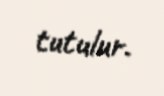
tutulur.